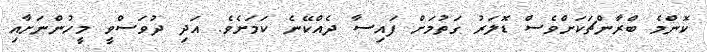
ކޮންމެ ބްރާންޗަކަށްްވެސް ޑޮލަރު ގަތުމަށް ފައިސާ ދެއްކޭނެ ކަމަށެވެ. އަދި ދުވަސްވީ މީހުންނަށާއި